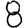
Digit: 8